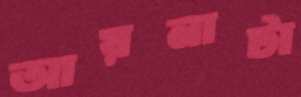
আয়নাটা